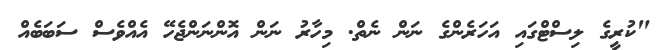
"ކުރީގެ ލިސްޓްގައި އަހަރެންގެ ނަން ނެތް. މިހާރު ނަން އޮންނަންޖެހޭ އެއްވެސް ސަބަބެއް